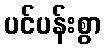
ပင်ပန်းစွာ